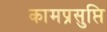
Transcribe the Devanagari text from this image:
कामप्रसुप्ति